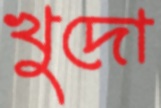
খুদো